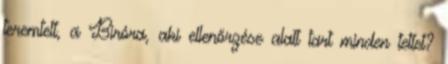
teremtett, a Bíróra, aki ellenőrzése alatt tart minden tettet?